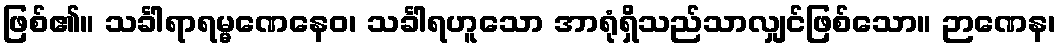
ဖြစ်၏။ သင်္ခါရာရမ္မဏေနေဝ၊ သင်္ခါရဟူသော အာရုံရှိသည်သာလျှင်ဖြစ်သော။ ဉာဏေန၊